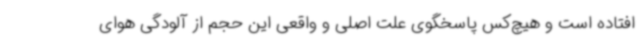
افتاده است و هیچ‌کس پاسخگوی علت اصلی و واقعی این حجم از آلودگی هوای